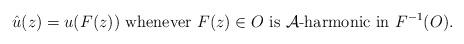
LaTeX: \begin{align*} \hat u(z)=u(F(z))\, \, \mbox{whenever}\, \, F(z)\in O\, \, \mbox{is}\, \, \mathcal{A}\mbox{-harmonic in} \, \, F^{-1}(O). \end{align*}